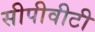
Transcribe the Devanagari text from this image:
सीपीवीटी